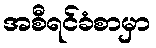
အစီရင်ခံစာမှာ